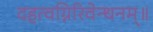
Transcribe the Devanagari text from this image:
दहत्वग्निरिवेन्धनम्॥